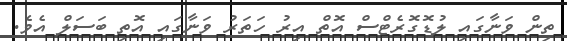
ތިން ވަނާގައި ލުޑޮގޮރެޓްސް އޮތް އިރު ހަތަރު ވަނާގައި އޮތި ބަސަލް އެވެ.